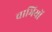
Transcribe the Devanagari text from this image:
चाभियों